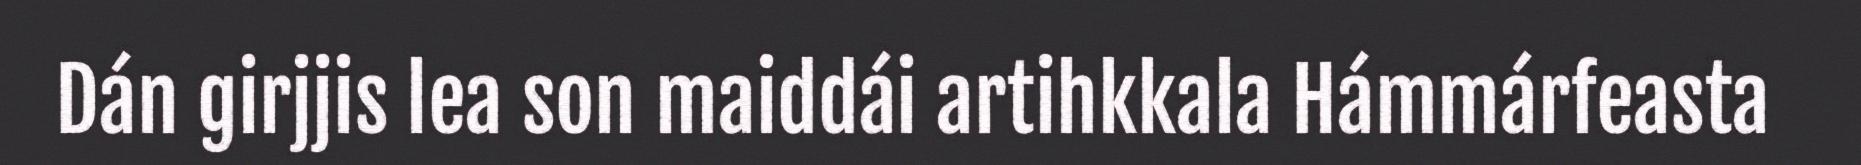
Dán girjjis lea son maiddái artihkkala Hámmárfeasta